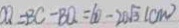
C Q = B C - B Q = 6 0 - 2 0 \sqrt { 3 } ( c m )